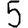
Digit: 5